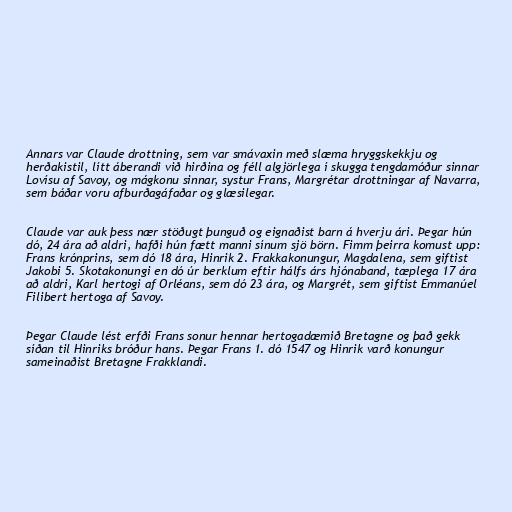
Annars var Claude drottning, sem var smávaxin með slæma hryggskekkju og
herðakistil, lítt áberandi við hirðina og féll algjörlega í skugga tengdamóður sinnar
Lovísu af Savoy, og mágkonu sinnar, systur Frans, Margrétar drottningar af Navarra,
sem báðar voru afburðagáfaðar og glæsilegar.

Claude var auk þess nær stöðugt þunguð og eignaðist barn á hverju ári. Þegar hún
dó, 24 ára að aldri, hafði hún fætt manni sínum sjö börn. Fimm þeirra komust upp:
Frans krónprins, sem dó 18 ára, Hinrik 2. Frakkakonungur, Magdalena, sem giftist
Jakobi 5. Skotakonungi en dó úr berklum eftir hálfs árs hjónaband, tæplega 17 ára
að aldri, Karl hertogi af Orléans, sem dó 23 ára, og Margrét, sem giftist Emmanúel
Filibert hertoga af Savoy.

Þegar Claude lést erfði Frans sonur hennar hertogadæmið Bretagne og það gekk
síðan til Hinriks bróður hans. Þegar Frans 1. dó 1547 og Hinrik varð konungur
sameinaðist Bretagne Frakklandi.